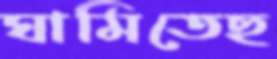
ঘামিতেছ